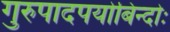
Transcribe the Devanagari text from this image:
गुरुपादपयोबिन्दोः